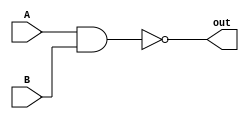
`timescale 1ns / 1ps
//////////////////////////////////////////////////////////////////////////////////
// Company: 
// Engineer: 
// 
// Design Name: 
// Module Name: NAND
// Project Name: 
// Target Devices: 
// Tool Versions: 
// Description: 
// 
// Dependencies: 
// 
// Revision:
// Revision 0.01 - File Created
// Additional Comments:
// 
//////////////////////////////////////////////////////////////////////////////////


module NAND #(parameter W = 1)( output [W-1:0]out, input [W-1:0]A, input [W-1:0]B);
    genvar ii;
    generate
        for(ii = 0; ii < W; ii = ii + 1) begin
            nand nand0 (out[ii], A[ii], B[ii]);
        end
    endgenerate
endmodule